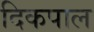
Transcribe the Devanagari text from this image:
दिकपाल